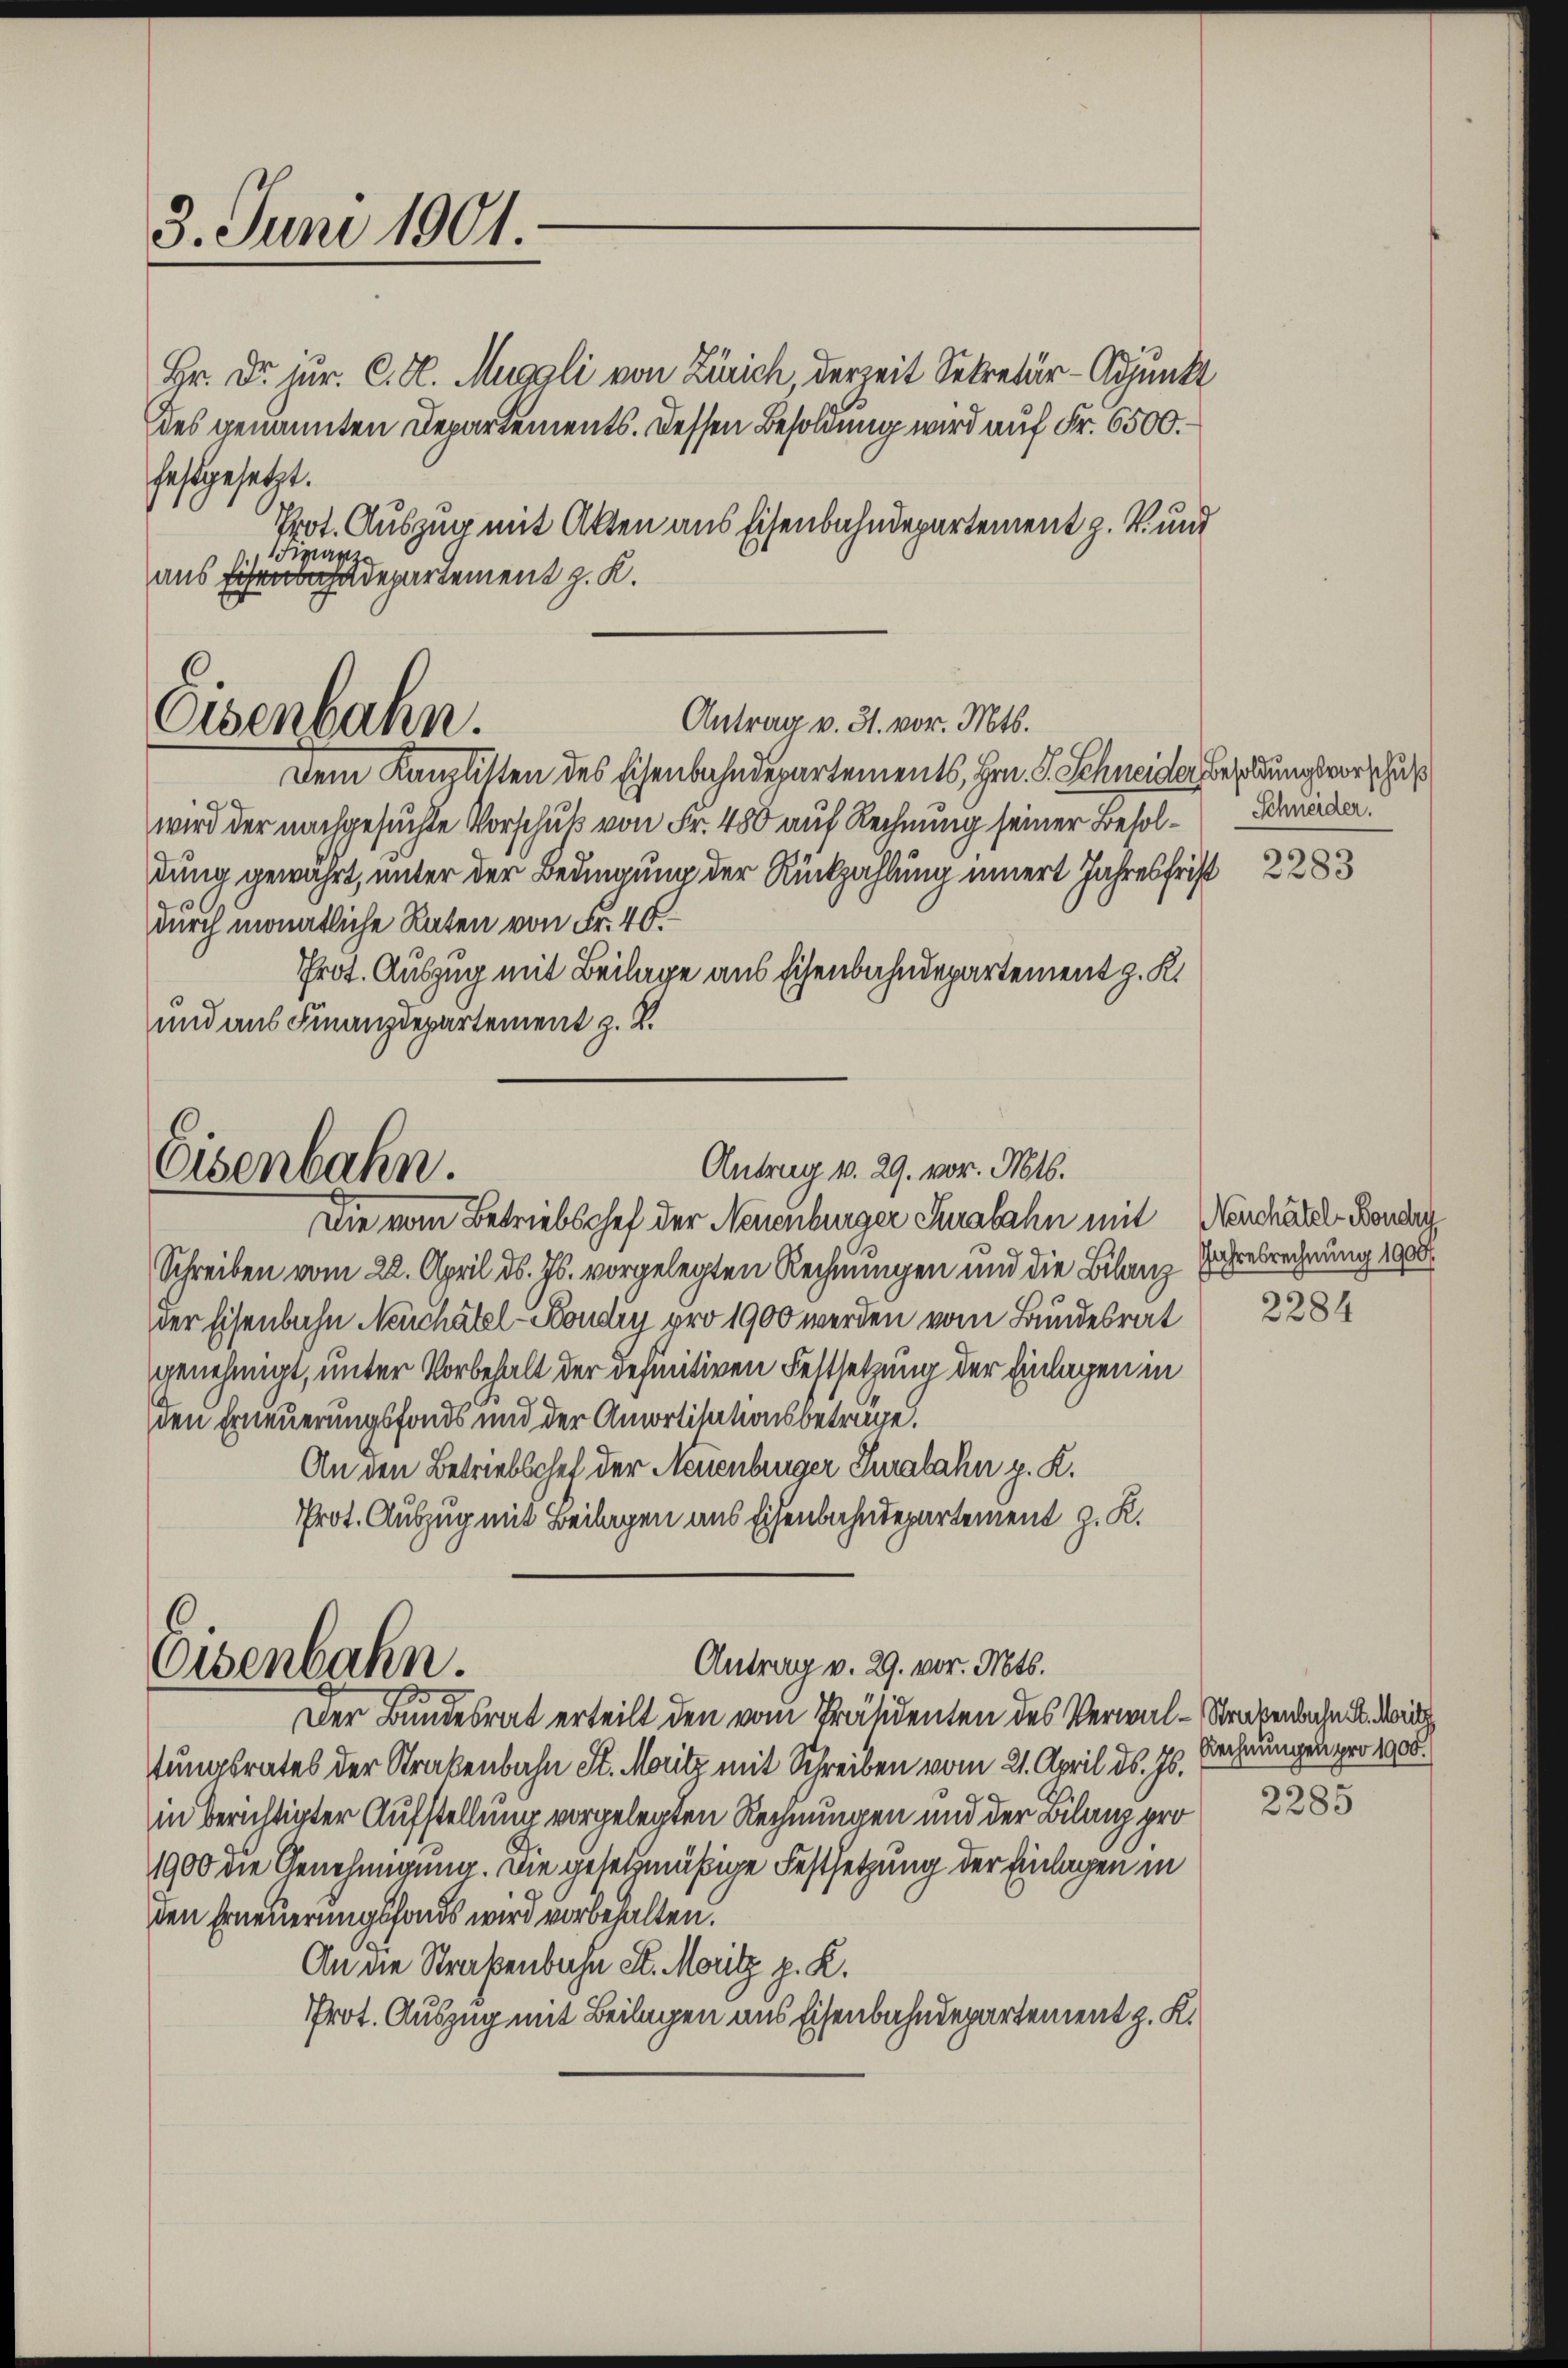
3. Juni 1901.

Br. Dr. jur. C. H. Muggli von Zürich, derzeit Sekretär-Adjunkt
des genannten Departements. Dessen Besoldung wird auf Fr. 6500.
festgesetzt.
Prot. Auszug mit Akten aus Eisenbahndepartement z. B. und
iparze
aus findepartement z. K.

Dem Kanzlisten des Eisenbahndepartements, Hrn. F. Schneider Besoldungsvorschuß
wird der nachgesuchte Vorschuß von Fr. 480 auf Rechnung seiner Besol-Schaden.
dung gewährt, unter der Bedingung der Rückzahlung innert Jahresfrist 2283
durch monatliche Raten von Fr. 40.
Prot. Auszug mit Beilage aus Eisenbahndepartement z. K.
und aus Finanzdepartement z. B.

C
Antrag v. 31. vor. Mts.
Osenbahn.

Antrag v. 29. vor. Mts.
Eisenbahn.
Die vom Betriebschef der Neuenburger Turabahn mit Neuchâtel, Bonder

Antrag v. 29. vor. Mts.
Oisenbahn.
Der Bundesrat erteilt den vom Präsidenten des Verwal-Straßenbahn u. Mord

Schreiben vom 22. April d. Js. vorgelegten Rechnungen und die Bilanz Jahresrechnung 1000
der Eisenbahn Neuchâtel Boudry pro 1900 werden vom Bundesrat
genehmigt, unter Vorbehalt der definitiven Festsetzung der Einlagen in
den Erneuerungsfonds und der Amortisationsbetrage.
An den Betriebschef der Neuenburger Jurabahn z. K.
Prot. Auszug mit Beilagen aus Eisenbahndepartement z. K.

tungsrates der Straßenbahn St. Moritz mit Schreiben vom 21. April d. Js.
in berichtigter Aufstellung vorgelegten Rechnungen und der Bilanz pro
1900 die Genehmigung. Die gesetzmäßige Festsetzung der Einlagen in
den Erneuerungsfonds wird vorbehalten.
An die Straßenbahn St. Moritz p. K.
Prot. Auszug mit Beilagen aus Eisenbahndepartement z. K.

2284

Rechnungen pro 1900.
2285